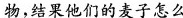
物，结果他们的麦子怎么